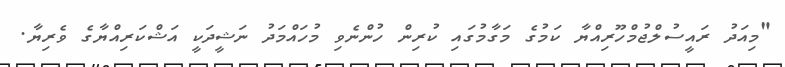
"މިއަދު ރައީސުލްޖުމްހޫރިއްޔާ ކަމުގެ މަގާމުގައި ކުރިން ހުންނެވި މުހައްމަދު ނަޝީދަކީ އަޝްކަރިއްޔާގެ ވެރިޔާ.